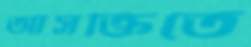
আসক্তিতে